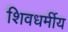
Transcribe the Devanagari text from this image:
शिवधर्मीय